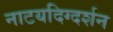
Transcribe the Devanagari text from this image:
नाटयदिग्दर्शन